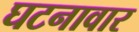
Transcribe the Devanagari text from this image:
घटनावार